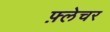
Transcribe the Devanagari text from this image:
फ़्लेचर